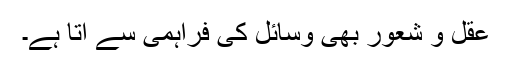
عقل و شعور بھی وسائل کی فراہمی سے آتا ہے۔